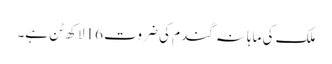
ملک کی ماہانہ گندم کی ضروت 16لاکھ ٹن ہے۔